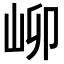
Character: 𪨫